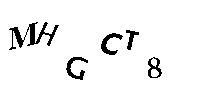
MHGCT8